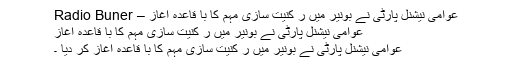
عوامی نیشنل پارٹی نے بونیر میں ر کنیت سازی مہم کا با قاعدہ آغاز – Radio Buner
عوامی نیشنل پارٹی نے بونیر میں ر کنیت سازی مہم کا با قاعدہ آغاز
عوامی نیشنل پارٹی نے بونیر میں ر کنیت سازی مہم کا با قاعدہ آغاز کر دیا ۔